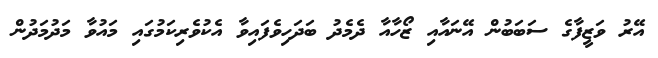
އޭރު ވަޒީފާގެ ސަބަބުން އޭނައާއި ޒޯހާއާ ދެމެދު ބަދަހިވެފައިވާ އެކުވެރިކަމުގައި މައުވާ މަދުމަދުން